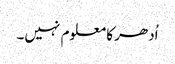
اُدھر کا معلوم نہیں۔